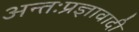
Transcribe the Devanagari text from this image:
अन्तःप्रज्ञावादी